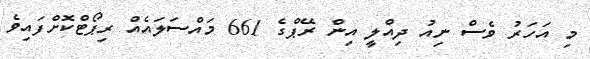
މި އަހަރު ވެސް ނިއު ދިއްލީ އިން ރޭޕްގެ 661 މައްސަލައެއް ރިޕޯޓްކޮށްފައިވެ